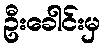
ဦးခေါင်းမှ